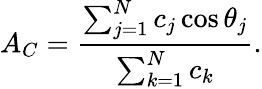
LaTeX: A_{C}=\frac{\sum_{j=1}^{N}c_{j}\cos\theta_{j}}{\sum_{k=1}^{N}c_{k}}.